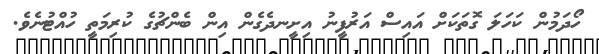
ހޯދަމުން ކަހަލަ ގޮތަކަށް އައިސް އަރުފީނު އިށީނދެގެން އިން ބެންޗުގެ ކުރިމަތީ ހުއްޓުނެވެ.